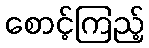
စောင့်ကြည့်